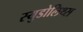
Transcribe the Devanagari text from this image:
स्युडोलिथ्स